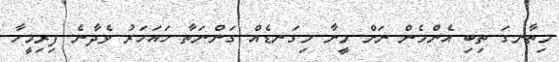
މިތާނގަ ތިބި އެންމެން ނަށް މީނާ މިގަނޑެއް ގަންނަތާ ހައަހަރު ވެދާނެ ފިރިމީހާ